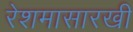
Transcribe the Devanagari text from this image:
रेशमासारखी